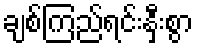
ချစ်ကြည်ရင်းနှီးစွာ